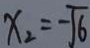
x _ { 2 } = - \sqrt { 6 }